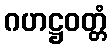
ဂဟဋ္ဌဝတ္တံ